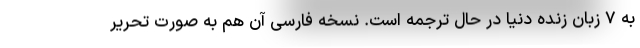
به ۷ زبان زنده دنیا در حال ترجمه است. نسخه فارسی آن هم به صورت تحریر